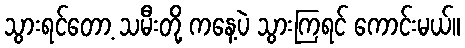
သွားရင်တော့ သမီးတို့ ကနေ့ပဲ သွားကြရင် ကောင်းမယ်။